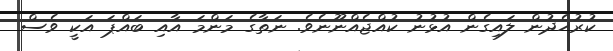
ކުރުހެދުން ލައިގެން އުޅުނު ކުއްޖެއްނޫނެވެ. ނަތާގެ މަންމަ އާއި ބައްޕަ އަކީ ވެސް